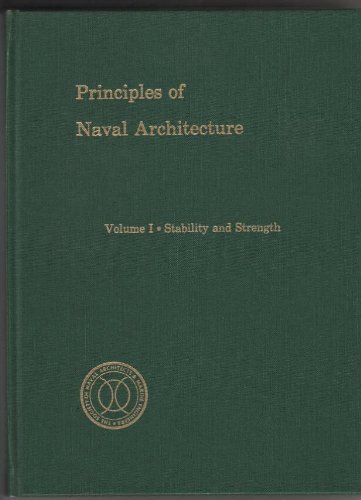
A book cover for Principles of Naval Architecture, Vol. 1: Stability and Strength; Engineering & Transportation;